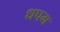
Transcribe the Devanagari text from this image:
धपम